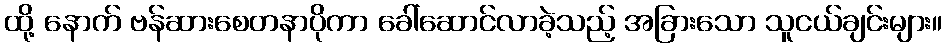
ထို့ နောက် ဗန်ဆားစေတနာပိုကာ ခေါ်ဆောင်လာခဲ့သည့် အခြားသော သူငယ်ချင်းများ။